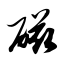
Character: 磁